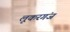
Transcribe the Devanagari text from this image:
लूकरगंज